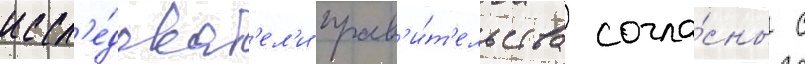
иссл'е́доват'ел'и прав'и́т'ельства согла́сны с